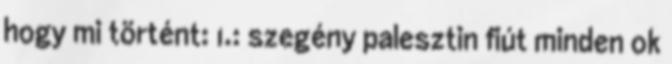
hogy mi történt: 1.: szegény palesztin fiút minden ok